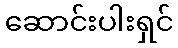
ဆောင်းပါးရှင်